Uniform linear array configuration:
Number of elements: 48
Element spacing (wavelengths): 0.25
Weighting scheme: cosine
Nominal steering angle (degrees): -60
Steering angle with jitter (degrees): -59.984
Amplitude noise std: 0.05
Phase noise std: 0.05

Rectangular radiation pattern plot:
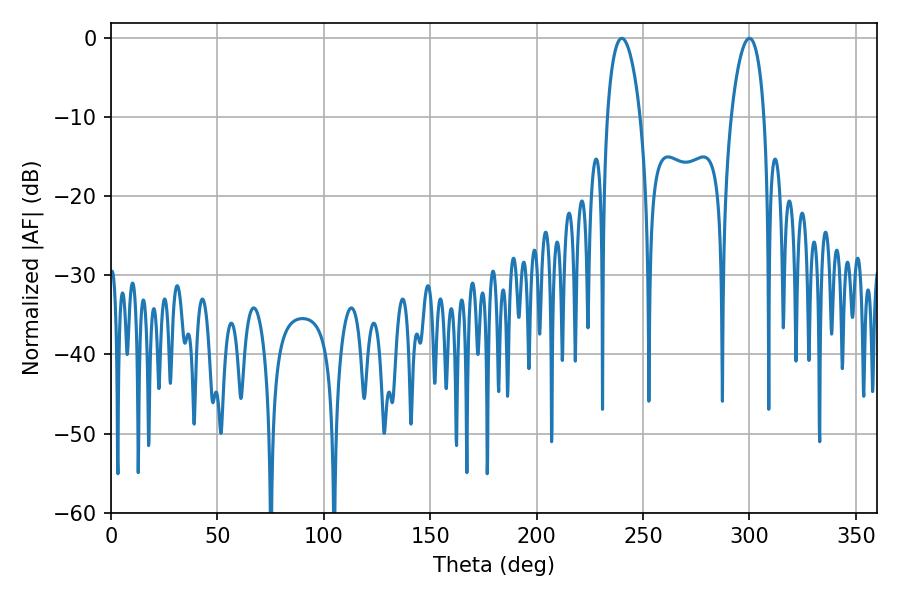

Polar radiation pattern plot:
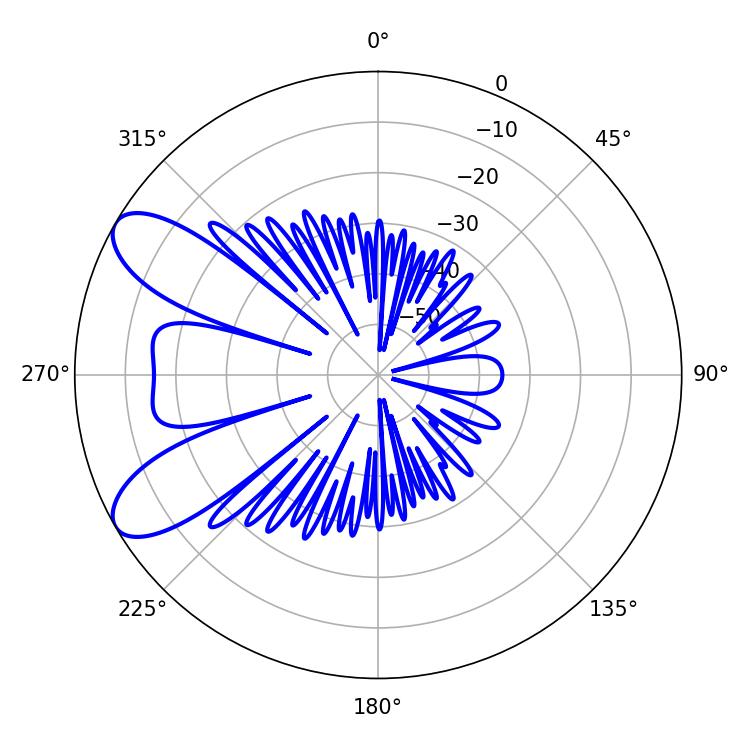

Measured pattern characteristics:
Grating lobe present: FALSE
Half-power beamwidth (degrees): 8.64
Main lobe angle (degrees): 239.94